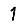
Digit: 1